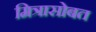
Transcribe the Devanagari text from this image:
मित्रासोबत